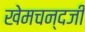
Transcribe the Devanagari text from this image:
खेमचन्दजी